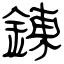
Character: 錬